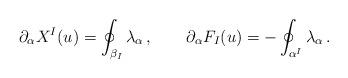
LaTeX: \begin{align*}\partial_\alpha X^I(u) = \oint_{\beta_I} \lambda_\alpha \,, \qquad\partial_\alpha F_I(u) = - \oint_{\alpha^I} \lambda_\alpha \,. \end{align*}